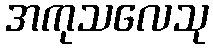
အကုသလေသု